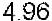
4.96